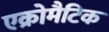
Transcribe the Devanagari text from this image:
एक्रोमैटिक